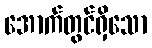
အောက်တွင်ရှိသော